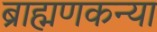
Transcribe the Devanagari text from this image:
ब्राह्मणकन्या